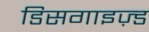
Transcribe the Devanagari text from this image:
डिसगाइज़्ड